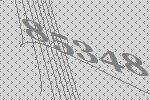
85348